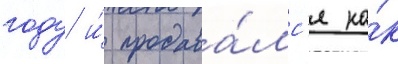
году и́ продава́лс'я ка́к